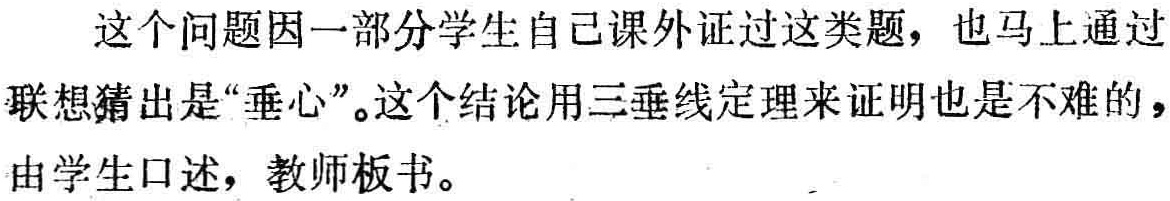
这个问题因一部分学生自己课外证过这类题，也马上通过联想猜出是“垂心”。这个结论用三垂线定理来证明也是不难的，由学生口述，教师板书。